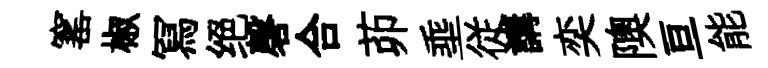
窰椒冩绝磬合茆埀従講奕隩亘能